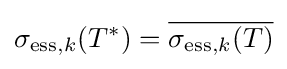
\sigma _{\mathrm {ess} ,k}(T^{*})={\overline {\sigma _{\mathrm {ess} ,k}(T)}}